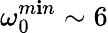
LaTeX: \omega_{0}^{m\mathbf{i}n}\sim6